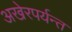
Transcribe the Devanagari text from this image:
अखेरपर्यन्त